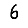
Digit: 6